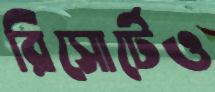
রিসোর্টেও